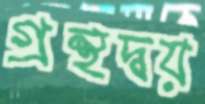
গ্রন্থদ্বয়